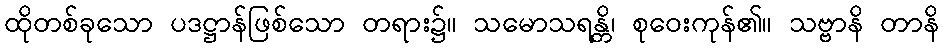
ထိုတစ်ခုသော ပဒဋ္ဌာန်ဖြစ်သော တရား၌။ သမောသရန္တိ၊ စုဝေးကုန်၏။ သဗ္ဗာနိ တာနိ